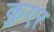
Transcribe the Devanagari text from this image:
कुएर